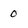
Character: 0